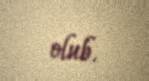
olub.